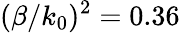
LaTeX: (\beta/k_{0})^{2}=0.36